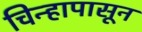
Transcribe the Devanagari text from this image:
चिन्हापासून